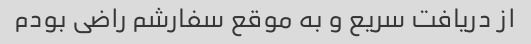
از دریافت سریع و به موقع سفارشم راضی بودم